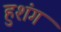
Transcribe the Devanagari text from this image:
हुशंग